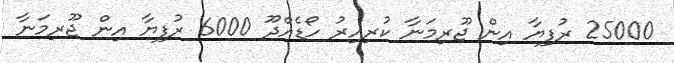
25000 ރުފިޔާ އިން ޖޫރިމަނާ ކުރިއިރު ހޯޑެއްދޫ 6000 ރުފިޔާ އިން ޖޫރިމަނާ